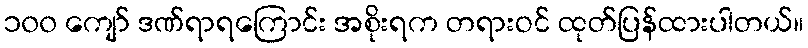
၁၀၀ ကျော် ဒဏ်ရာရကြောင်း အစိုးရက တရားဝင် ထုတ်ပြန်ထားပါတယ်။